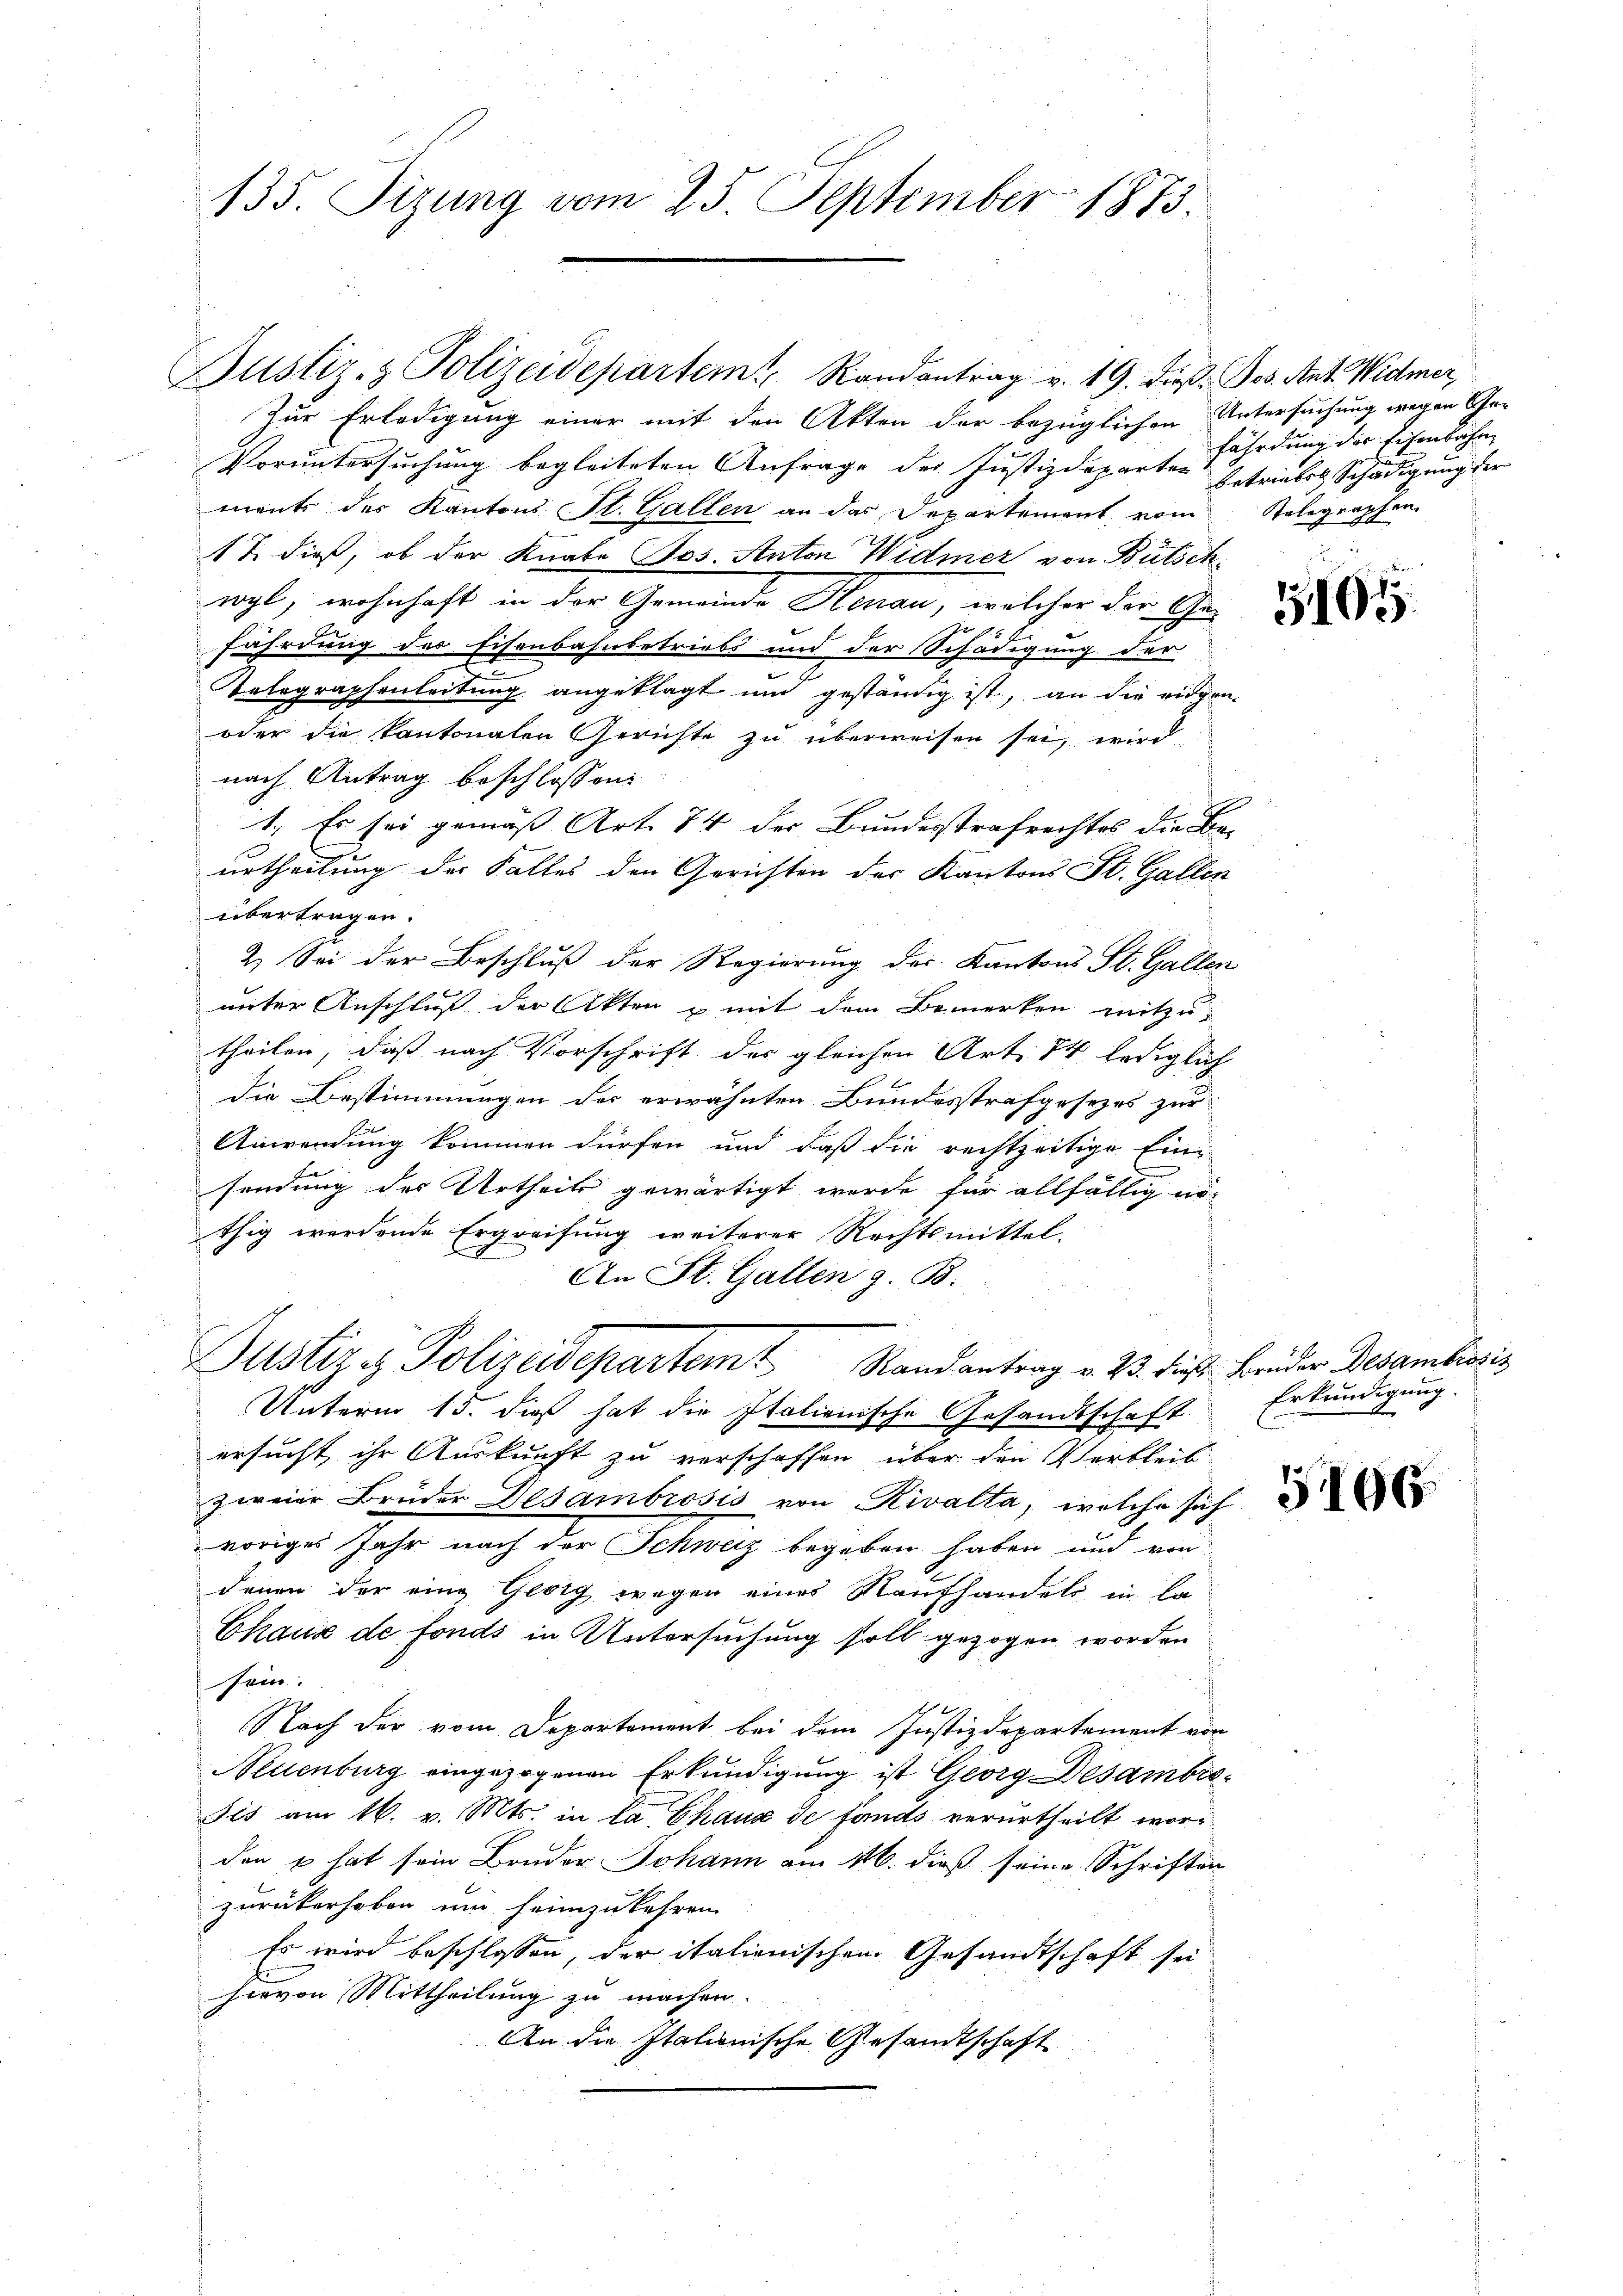
135. Tizung vom 25. September 1873.

Bustiz- & Polizeidepartem Randantrag v. 19. dieß. Jos. Ant. Widmer,
Zur Erledigung einer mit den Akten der bezüglichen Untersuchung wegen Ge-
Voruntersuchung begleiteten Anfrage der Justizdeparten
ments des Kantons St. Gallen an das Departement vom Relegraphen
17. dieß, ob der Knabe Jos. Anton Widmer von Bütsch
wyl, wohnhaft in der Gemeinde Henau, welcher der Gefährdung des Eisenbahnbetriebs und der Schädigung der
Telegraphenleitung angeklagt und geständig ist, an die eidgen-
oder die kantonalen Gerichte zu überweisen sei, wird
nach Antrag beschlossen:
1. Es sei gemäß Art. 74 der Bundesstrafrechtes die Beurtheilung der Falles den Gerichten des Kantons St. Gallen
übertragen.
2. Sei der Beschluß der Regierung des Kantons St. Gallen
unter Anschluß der Akten & mit dem Bemerken mitzutheilen, daß nach Vorschrift des gleichen Art. 74 lediglich
die Bestimmungen der erwähnten Bundesstrafgesetzes zur
Anwendung kommen dürfen und daß die rechtzeitige Ein-
sendung des Urtheils gewärtigt wurde für allfällig nöthig werdende Ergreifung weiterer Rechtsmittel.
 An St. Gallen z. B.
Justiz & Polizeidepartemt Randantrag v. 23. die Brüder Besambisi¬
Unterm 15. dieß hat die Italienische Gesandtschaft.
ersucht ihr Auskunft zu verschaffen über den Verbleib
zweier Brüder Besambrosis von Rivalta, welche sich
voriges Jahr nach der Schweiz begeben haben und von
denen der eine Georg wegen eines Raufhandels in la
Chaus de fonds in Untersuchung soll gezogen worden
sein.
Nach der vom Departement bei dem Justizdepartement von
Neuenburg eingezogenen Erkundigung ist Georg Desambiesis am 16. v. Mts. in la Chaux de fands verurtheilt word
den & hat sein Bruder Johann am 16. dieß seine Schriften
zurükerhoben um heimzukehren.
Es wird beschlossen, der italienischen Gesandtschaft sei
hievon Mittheilung zu machen
An die Italionische Gesandtschaft

fährdung der Eisenbahren
betrieben Schädigung der |

5191

Erkundigung.

5196.